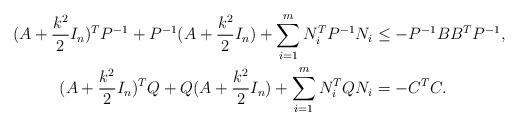
LaTeX: \begin{align*} (A+\frac{k^2}{2} I_n)^T P^{-1}+P^{-1}(A+\frac{k^2}{2}I_n)+\sum_{i=1}^m N_i^T P^{-1} N_i &\leq -P^{-1}BB^T P^{-1},\\ (A+\frac{k^2}{2} I_n)^T Q+Q (A+\frac{k^2}{2} I_n)+\sum_{i=1}^m N_i^T Q N_i &= -C^T C. \end{align*}